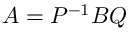
A = P ^ { - 1 } B Q